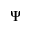
\Psi